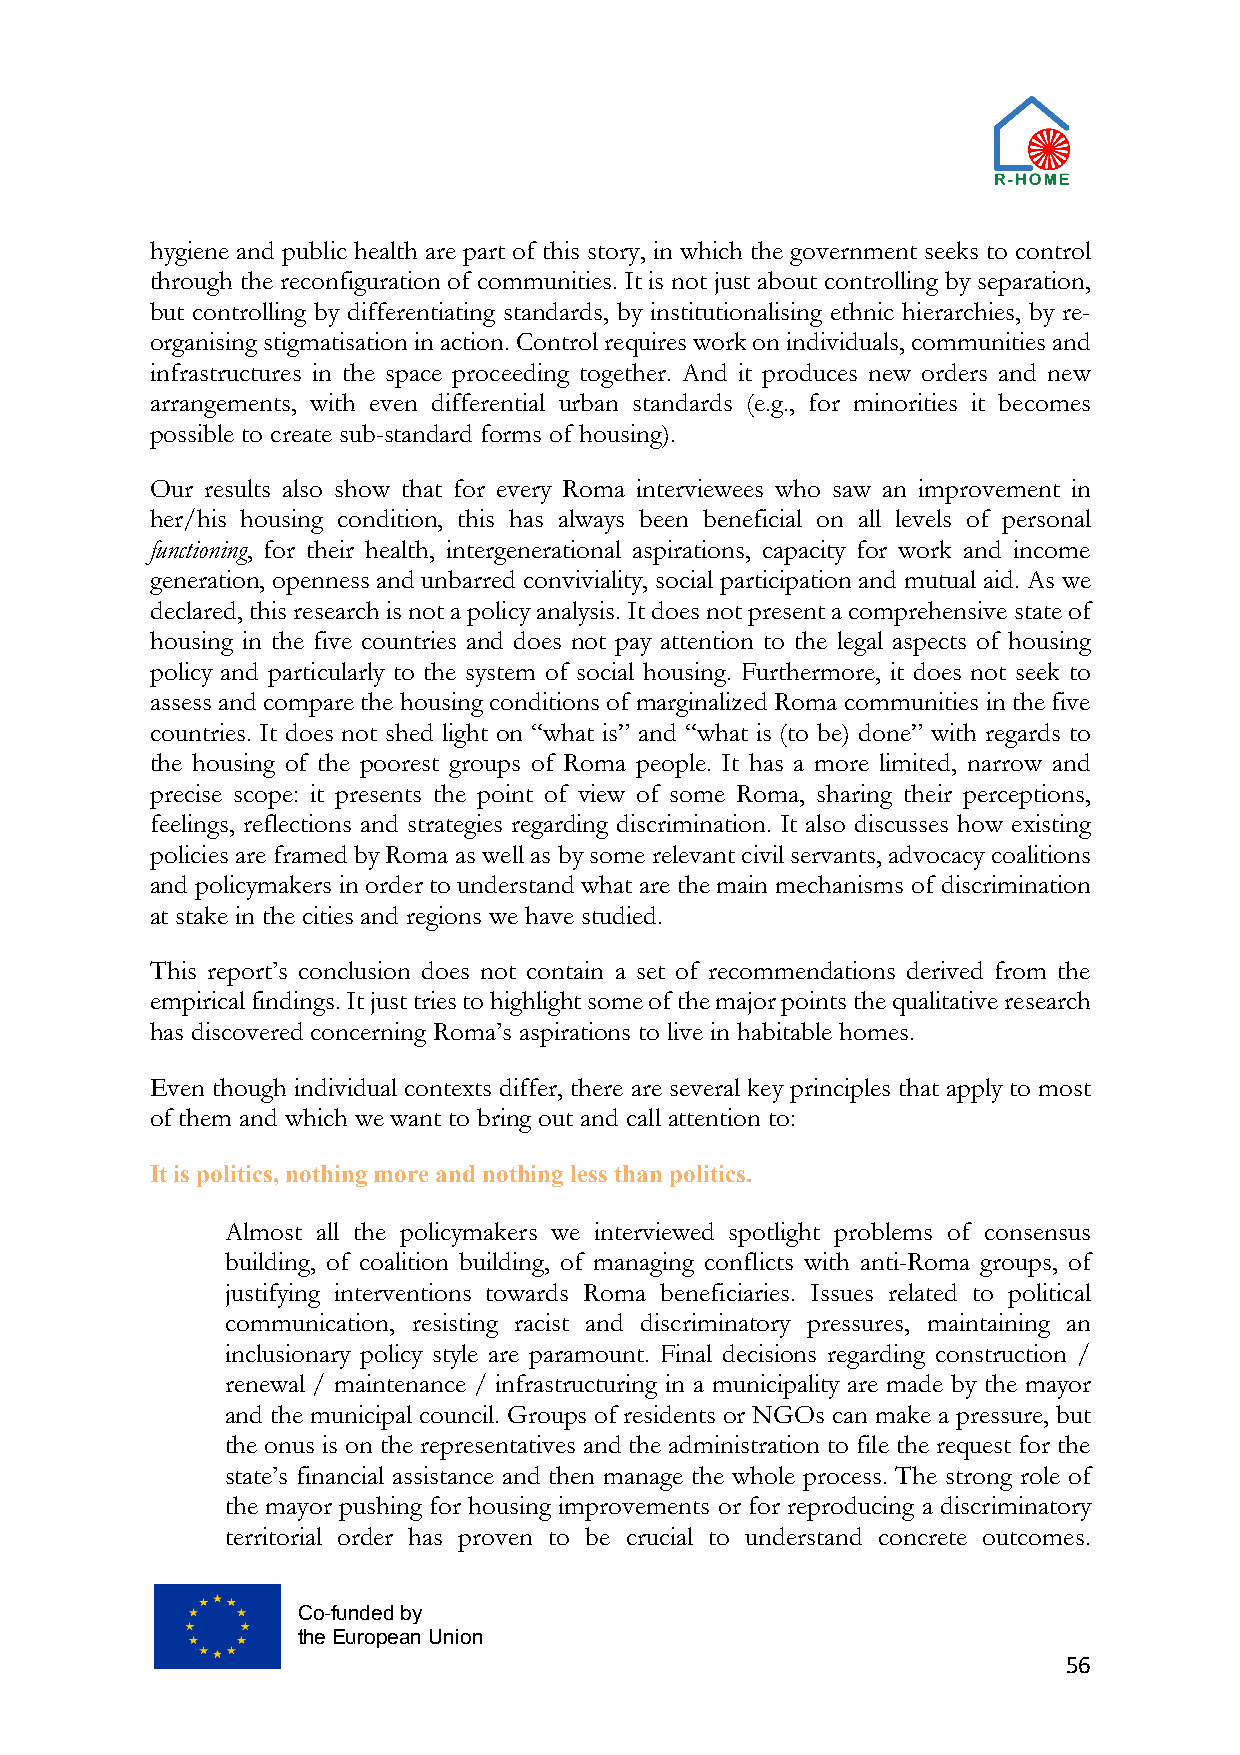
hygiene and public health are part of this story, in which the government seeks to control
 through the reconfiguration of communities. It is not just about controlling by separation,
 but controlling by differentiating standards, by institutionalising ethnic hierarchies, by re-
 organising stigmatisation in action. Control requires work on individuals, communities and
 infrastructures in the space proceeding together. And it produces new orders and new
 arrangements, with even differential urban standards (e.g., for minorities it becomes
 possible to create sub-standard forms of housing).
 Our results also show that for every Roma interviewees who saw an improvement in
 her/his housing condition, this has always been beneficial on all levels of personal
 functioning, for their health, intergenerational aspirations, capacity for work and income
 generation, openness and unbarred conviviality, social participation and mutual aid. As we
 declared, this research is not a policy analysis. It does not present a comprehensive state of
 housing in the five countries and does not pay attention to the legal aspects of housing
 policy and particularly to the system of social housing. Furthermore, it does not seek to
 assess and compare the housing conditions of marginalized Roma communities in the five
 countries. It does not shed light on “what is” and “what is (to be) done” with regards to
 the housing of the poorest groups of Roma people. It has a more limited, narrow and
 precise scope: it presents the point of view of some Roma, sharing their perceptions,
 feelings, reflections and strategies regarding discrimination. It also discusses how existing
 policies are framed by Roma as well as by some relevant civil servants, advocacy coalitions
 and policymakers in order to understand what are the main mechanisms of discrimination
 at stake in the cities and regions we have studied.
 This report’s conclusion does not contain a set of recommendations derived from the
 empirical findings. It just tries to highlight some of the major points the qualitative research
 has discovered concerning Roma’s aspirations to live in habitable homes.
 Even though individual contexts differ, there are several key principles that apply to most
 of them and which we want to bring out and call attention to:
 It is politics, nothing more and nothing less than politics.
 Almost all the policymakers we interviewed spotlight problems of consensus
 building, of coalition building, of managing conflicts with anti-Roma groups, of
 justifying interventions towards Roma beneficiaries. Issues related to political
 communication, resisting racist and discriminatory pressures, maintaining an
 inclusionary policy style are paramount. Final decisions regarding construction /
 renewal / maintenance / infrastructuring in a municipality are made by the mayor
 and the municipal council. Groups of residents or NGOs can make a pressure, but
 the onus is on the representatives and the administration to file the request for the
 state’s financial assistance and then manage the whole process. The strong role of
 the mayor pushing for housing improvements or for reproducing a discriminatory
 territorial order has proven to be crucial to understand concrete outcomes.
 Co-funded by
 the European Union
 56